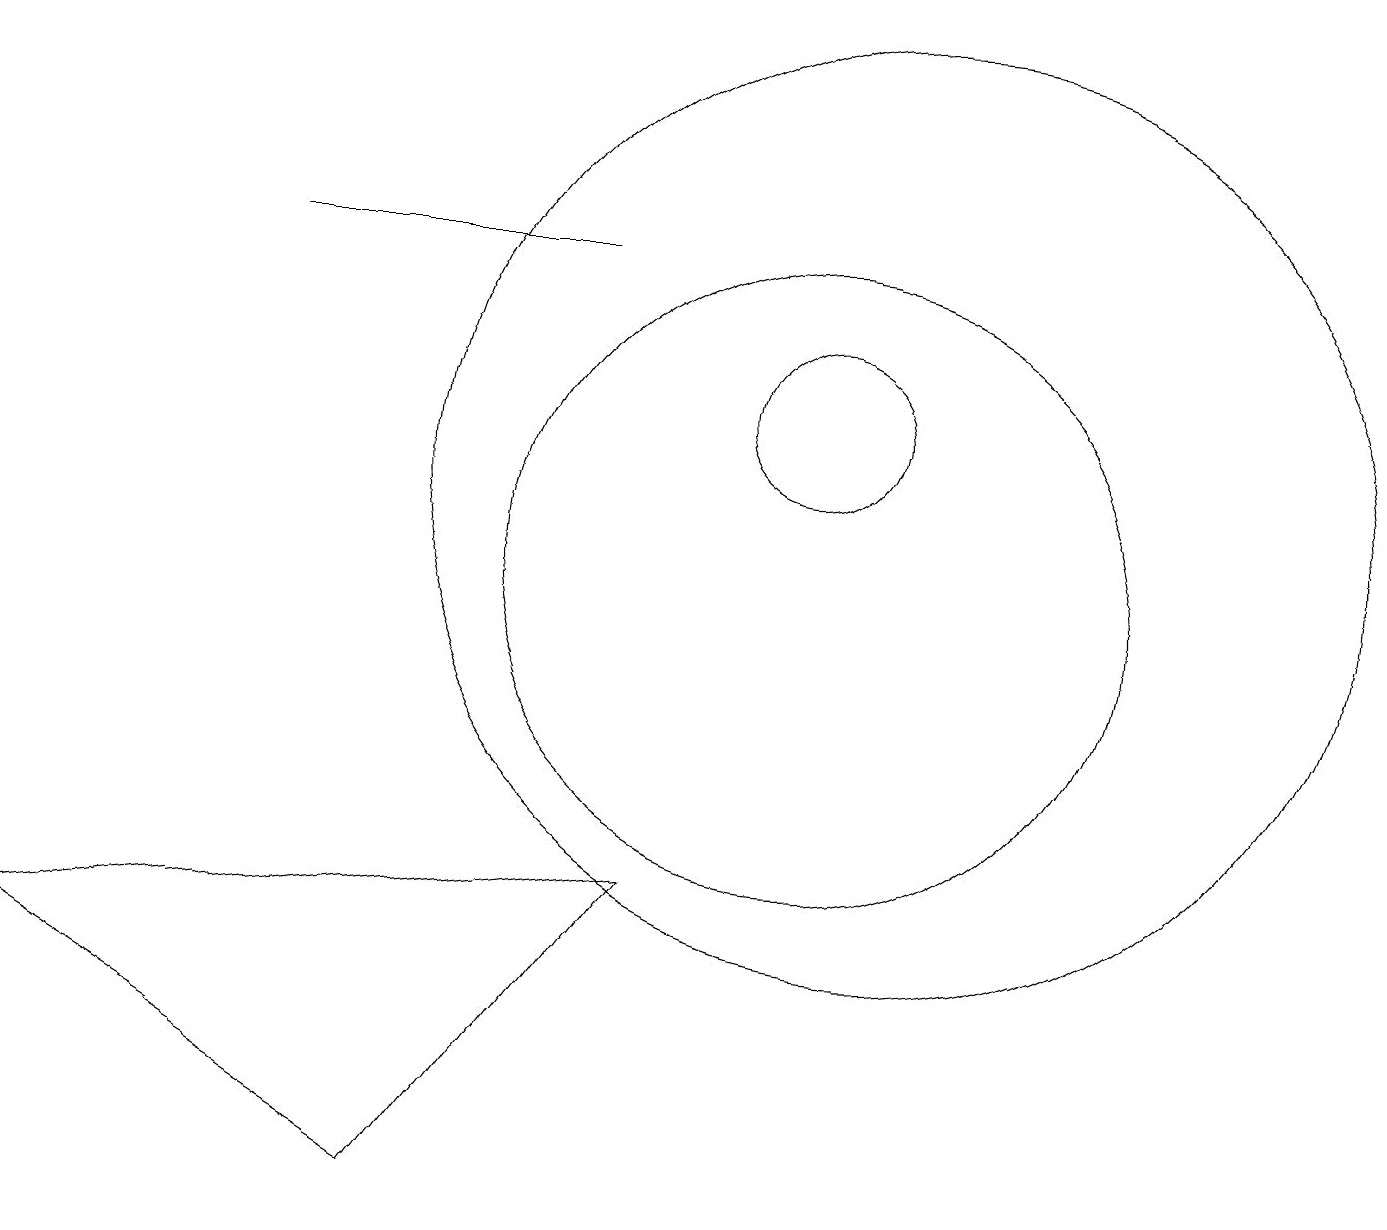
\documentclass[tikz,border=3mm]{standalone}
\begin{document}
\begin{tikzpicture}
\draw (10,12) circle (1);
\draw (7,14) rectangle (3,14);
\draw (11,11) circle (6);
\draw (8,6) -- (5,2) -- (0,5) -- cycle;
\draw (10,10) circle (4);
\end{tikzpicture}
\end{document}